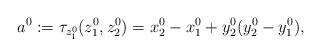
LaTeX: \begin{align*}a^0:=\tau_{z_1^0}(z_1^0,z_2^0)=x^0_2-x^0_1+y^0_2(y^0_2-y^0_1),\end{align*}